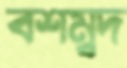
বশম্বদ